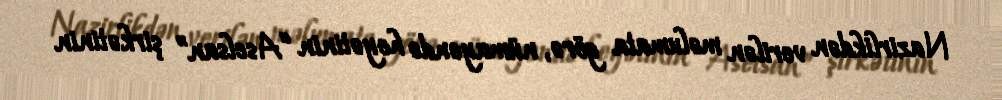
Nazirlikdən verilən məlumata görə, nümayəndə heyətinin “Aselsan” şirkətinin